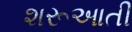
શરૂઆતી